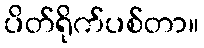
ပိတ်ရိုက်ပစ်တာ။